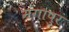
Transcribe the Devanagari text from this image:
मंगापुरं